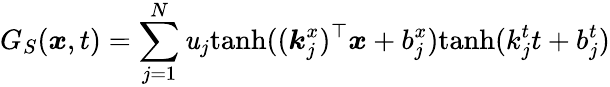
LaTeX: G_{S}(\boldsymbol{x},t)=\sum_{j=1}^{N}\mathit{u}_{j}\mathrm{{tanh}}((\boldsymbol{k}_{j}^{x})^{\top}\boldsymbol{x}+b_{j}^{x})\mathrm{{tanh}}(k_{j}^{t}t+b_{j}^{t})